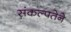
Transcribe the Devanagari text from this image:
संकल्पतेने